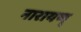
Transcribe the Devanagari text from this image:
नारायण्